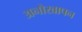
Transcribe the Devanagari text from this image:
अनोखापन